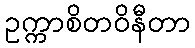
ဥက္ကာစိတဝိနီတာ